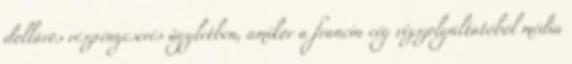
dolláros részvénycserés ügyletben, amikor a francia cég vízszolgáltatóból média